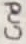
Text: Gnd